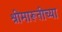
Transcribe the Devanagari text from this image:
श्रीमारूतीच्या